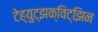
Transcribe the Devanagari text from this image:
टेह्युट्झक्विट्झिन